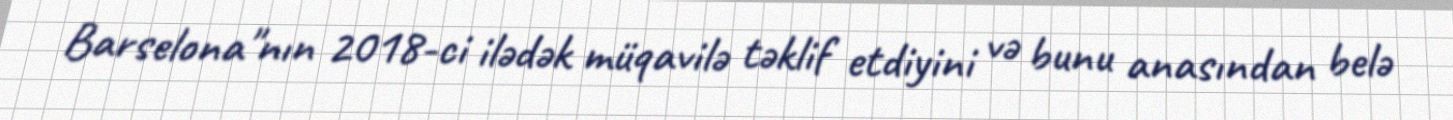
Barselona"nın 2018-ci ilədək müqavilə təklif etdiyini və bunu anasından belə